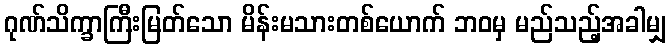
ဂုဏ်သိက္ခာကြီးမြတ်သော မိန်းမသားတစ်ယောက် ဘဝမှ မည်သည့်အခါမျှ